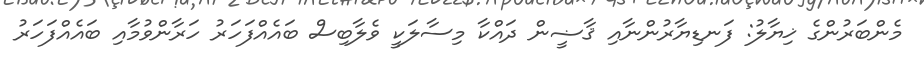
މެންބަރުންގެ ޚިޔާލު: ފަނޑިޔާރުންނާއި ޤާޟީން ދައްކާ މިސާލަކީ ވެލާބިސް ބައެއްފަހަރު ހަރާންވުމާއި ބައެއްފަހަރު